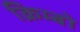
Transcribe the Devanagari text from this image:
क्रिम्बो